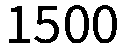
1500